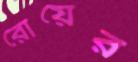
রোয়ের